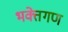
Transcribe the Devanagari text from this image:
भक्तेगण